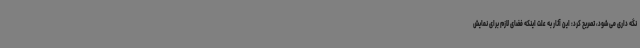
نگه داری می شود، تصریح کرد: این آثار به علت اینکه فضای لازم برای نمایش